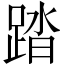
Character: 踏